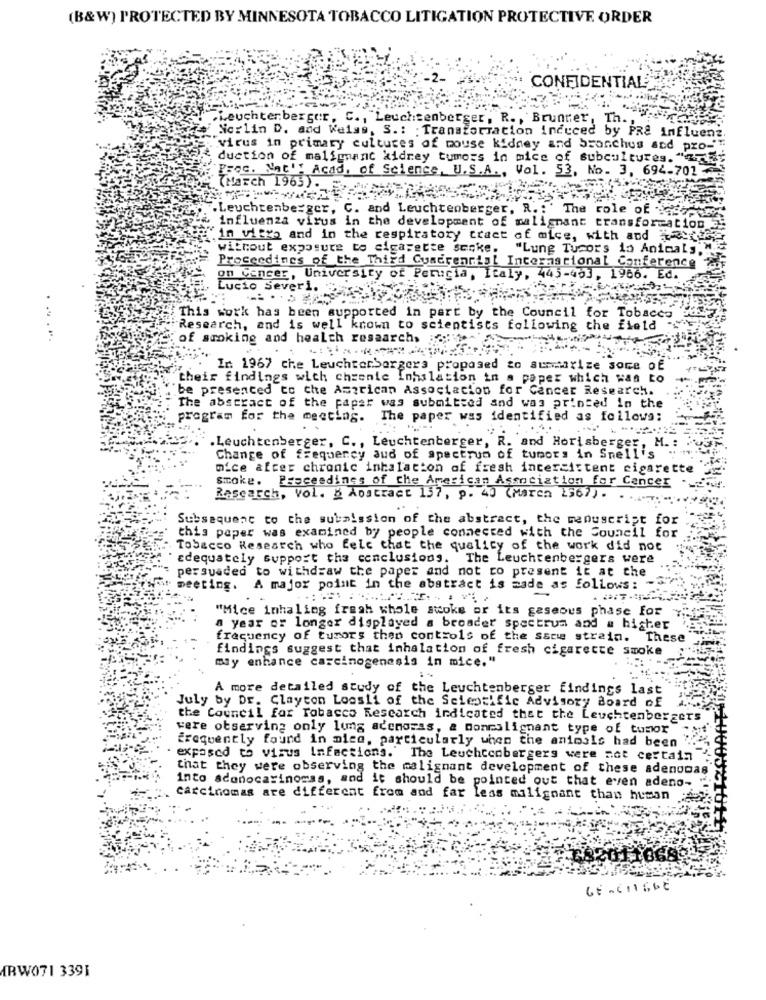
(B&W) PROTECTED BY MINNESOTA TOBACCO LITIGATION PROTECTIVE ORDER
CONFIDENTIAL
.Leuchtenberger, C ., Leuchtenberger, R ., Brunter, Th .,
Norlin D. and Weiss, S. : Transformation induced by PRE Influenz.
virus in primary cultures of mouse kidney and bronchus and pro-
duction of malignant kidney tumors in mice of subcultures. ""7.
Proc. Nat': Acad, of Science, U.S.A ., Vol. 53, No. 3, 694-701
(March 1965) . .
. Leuchtenberger, C. and Leuchtenberger, R. : ' The role of
influenza virus in the development of malignant transformation
.in vitro and in the respiratory tract of mice, with and Herte;
without exposure to cigarette smoke.
"Lung Tucors io Animals."
Proceedings of the Third Cuadrenrist International Conference
on Cancer, University of Perugia, Italy, 445-453, 1986. Ed.
Lucio Severi.
This work has been supported in part by the Council for Tobacco
Research, and is well known to scientists following the field
of smoking and health research, ::
. In 1967 che Leuchterborgers proposed to summarize some of
their findings with chronic inhalation in a paper which was to
be presented to the American Association for Cancer Research.
The abstract of the papar was submitted and was printed in the
program for the meeting. The paper was identified as follows:
...
.Leuchtenberger, C ., Leuchtenberger, R. and Horisberger, M .:
Change of frequency aud of spectrum of tumors in Snell's
nice after chronic inhalatton of fresh incercistent cigarette
smoke. Proceedings of the American Association for Cancer
Research, Vol. & Abstract 137, p.40 (March 2567) .....
Subsequent to the submission of the abstract, the menuscript for
this paper was examined by people connected with the Council for
Tobacco Research who fele that the quality of the work did not
adequately support the conclusions. The Leuchtenbergers were
persuaded to withdraw the paper and not co present it at the
meeting. A major point in the abstract is made as follows: -
"Mice inhaling fresh whole stoke or its gaseous phase for
a year or longer displayed a broader spectrum and a higher
frequency of tumors then controls of the same strain. These
findings suggest that inhalation of fresh cigarette smoke
my enhance carcinogenesis in mice."
A more detailed study of the Leuchtenberger findings last
July by Dr. Clayton Loosli of the Scientific Advisory Board of
the Council for Tobacco Research indicated that the Leuchtenbergets
vere observing only lung adenomas, & nonmalignant type of tumor
frequently found in mico, particularly when the animals had been
exposed to virus Infections. The Leuchtcobergers were act certain
that they were observing the malignant development of these adenomas
into aconocarinorss, and it should be pointed out that even adeno-
carcinomas are different from and far less malignant than human
GE-GIL66E
ARW071 3391